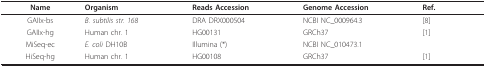
<table><thead><tr><td><b>Name</b></td><td><b>Organism</b></td><td><b>Reads Accession</b></td><td><b>Genome Accession</b></td><td><b>Ref.</b></td></tr></thead><tbody><tr><td>GAIIx-bs</td><td><i>B. subtilis str. 168</i></td><td>DRA DRX000504</td><td>NCBI NC_000964.3</td><td>[8]</td></tr><tr><td>GAIIx-hg</td><td>Human chr. 1</td><td>HG00131</td><td>GRCh37</td><td>[1]</td></tr><tr><td>MiSeq-ec</td><td><i>E. coli </i>DH10B</td><td>Illumina (*)</td><td>NCBI NC_010473.1</td><td></td></tr><tr><td>HiSeq-hg</td><td>Human chr. 1</td><td>HG00108</td><td>GRCh37</td><td>[1]</td></tr></tbody></table>